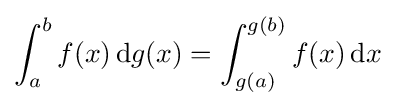
\int _{a}^{b}f(x)\,\mathrm {d} g(x)=\int _{g(a)}^{g(b)}f(x)\,\mathrm {d} x